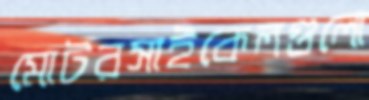
মোটরসাইকেলগুলো